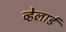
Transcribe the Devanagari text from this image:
व्हेलार्ड